Bréfritari: Klemens Björnsson
Viðtakandi: Jón Borgfirðings Jónsson
Dagsetning: A-1848-05-28
Skrifað á: Bjarteyjarsandi  Borg.

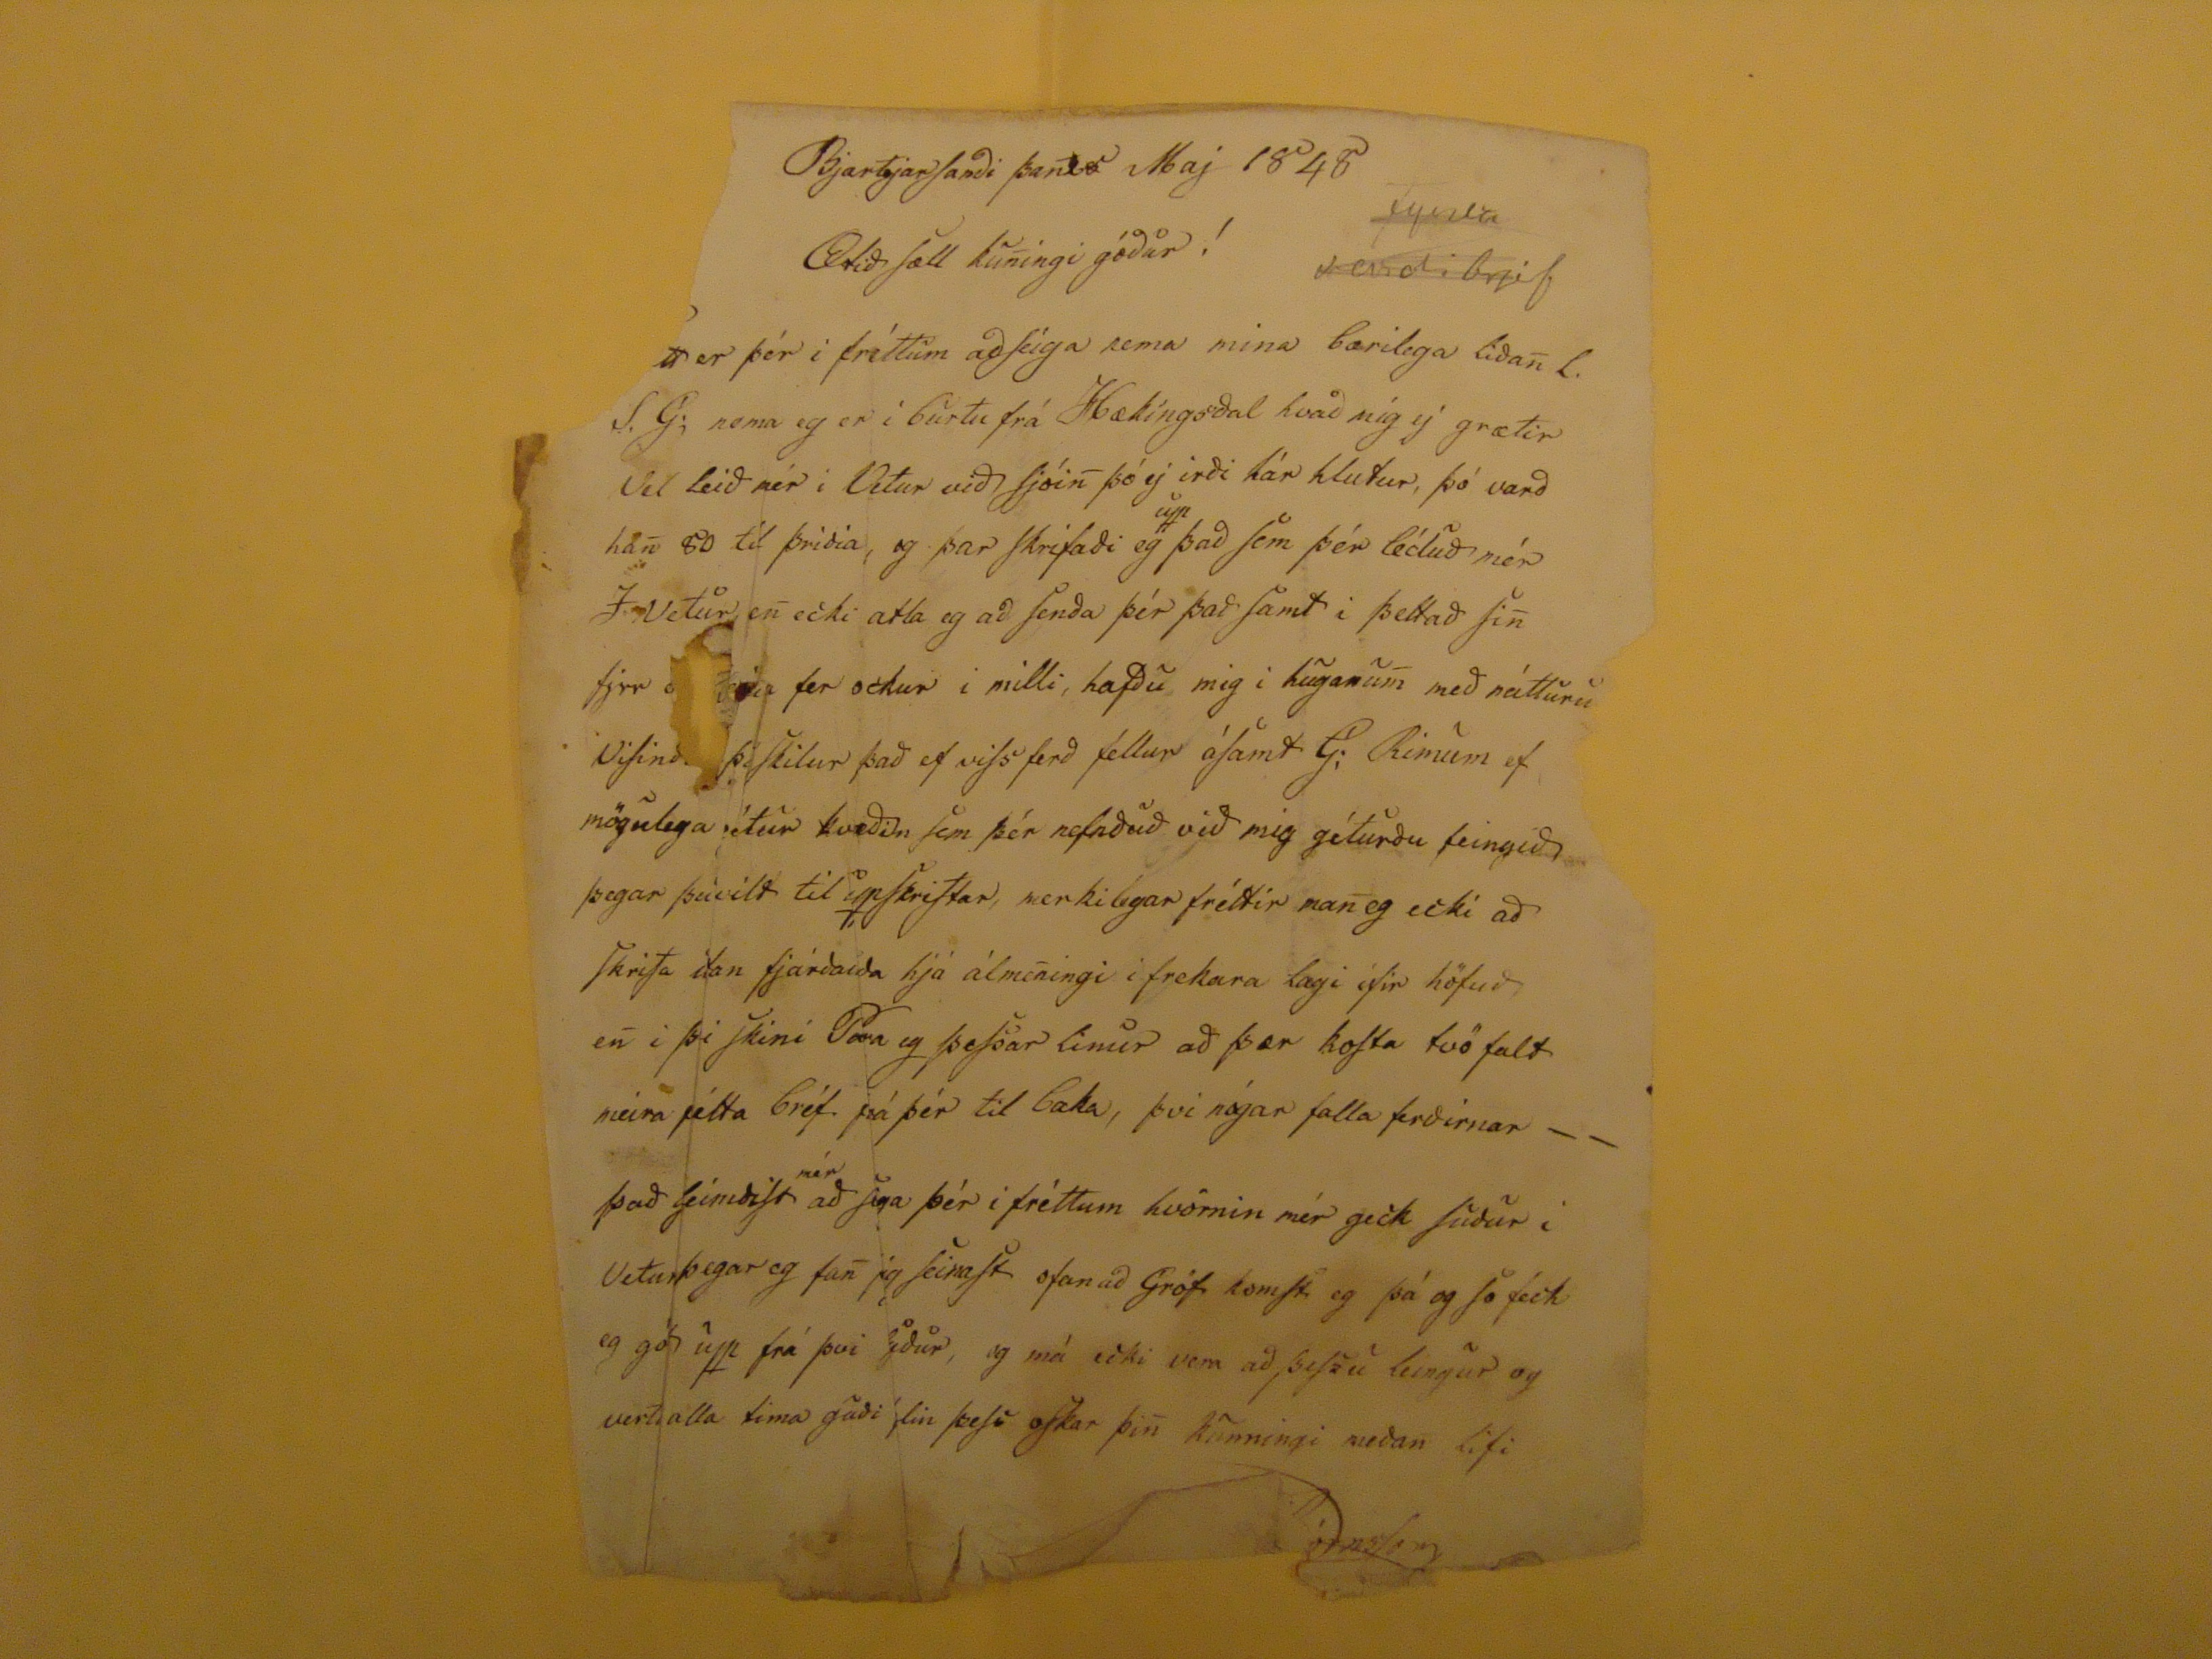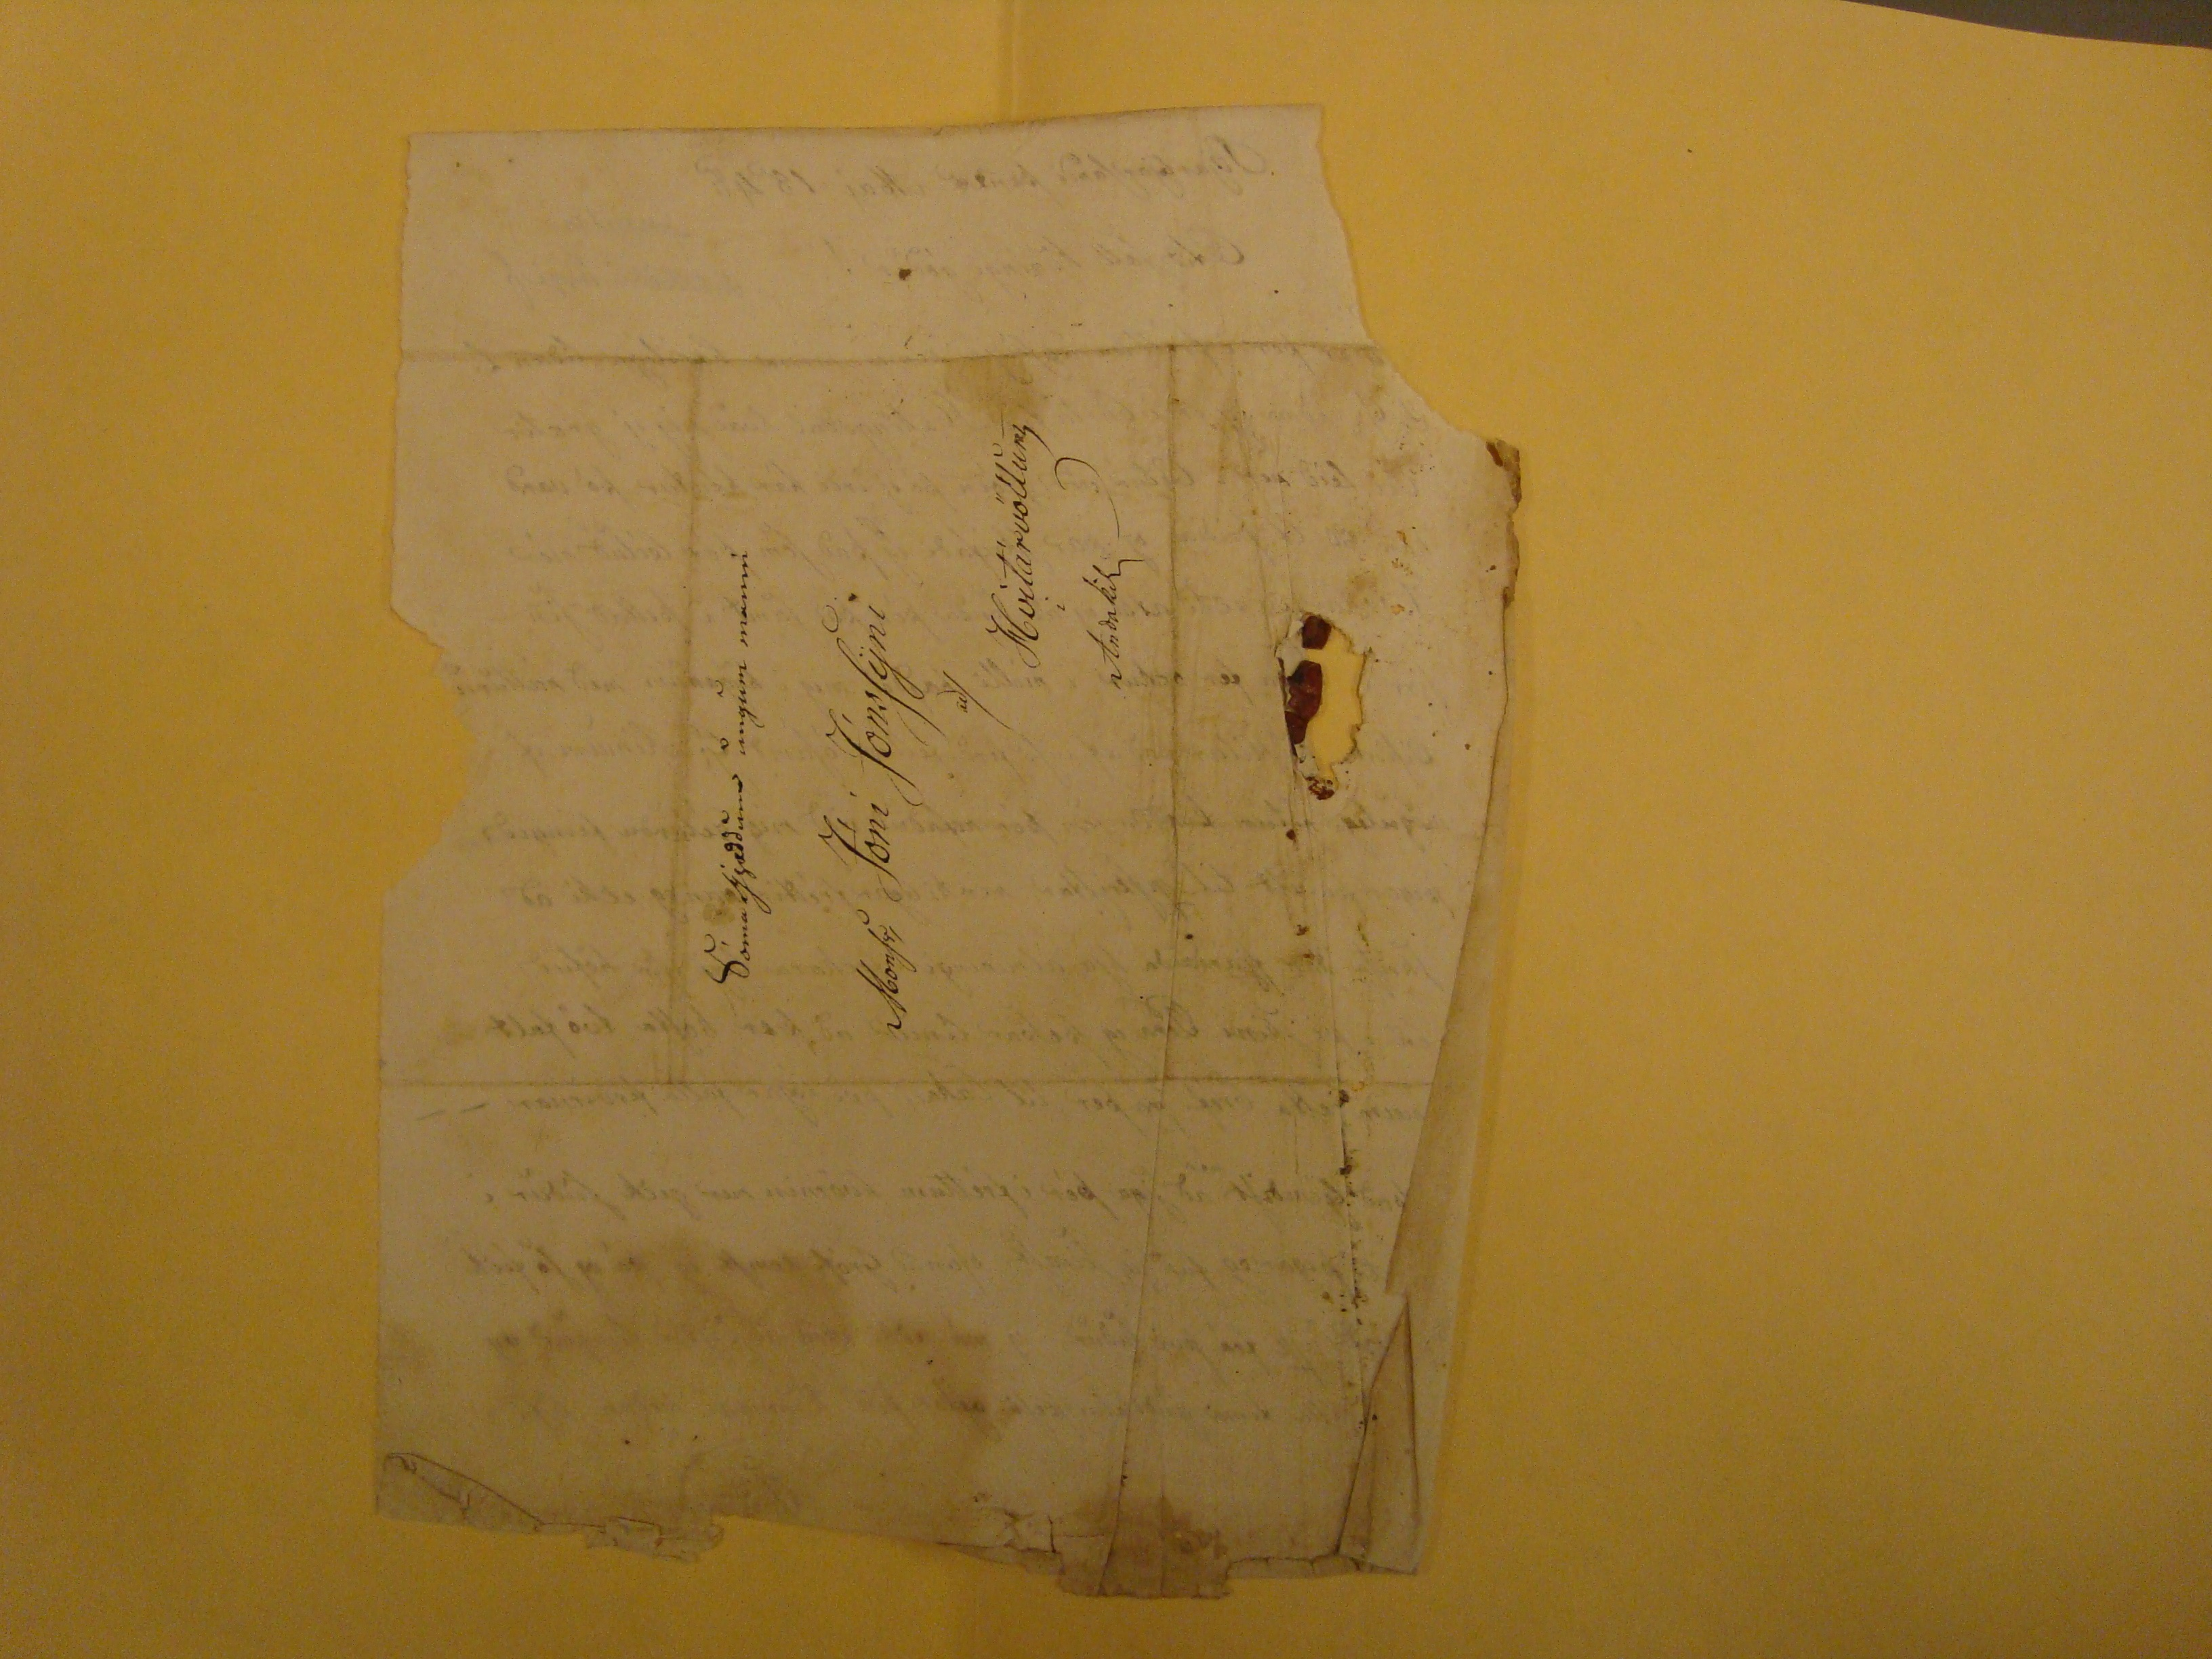

Bjarteyarsanði þan28 Maj 1848
Ætið Sæll kuningi góður !
?tt
er þér i fréttum að Seiga nema mina bærilega liðan L.S.G. nema eg er i burtu frá
Hækingsdal
hvað mig ý grætir Vel leið mér i Vetur við Sjóin þó ej irði hár hlutur, þó varð han 80 til þriðia, og þar skrifaði eg
upp
það sem þér léduð mér I Vetur en ecki atla eg að senða þér það samt i þettað sin fyrr
???
fer ockur i milli, hafðu mig i huganum með náttúru
?
Visin
ð??
skilur það ef viss ferð fellur ásamt G; hinum ef mögulega
gétur
kveðin sem þér nefnðuð við mig géturðu feingið þegar þú vilt til upskriftar, merkilegar fréttir man eg ecki að skrifa
utan fjárðalða
hjá álmeningi i frekara lægi ifir höfuð en i því skini
Para
eg þessar linur að þær kosta tvö falt meira þetta bréf
frá
þér til baka, þvi nógar falla ferðirnar það
?eimðist
mér
að
seiga
þér i fréttum hvörnin mér geck suður i Vetur þegar eg fan jeg seinast ofan við Gróf komst eg þá og so feck eg
go??
upp frá þvi
yður
, og má ecki vera að þessu leingur og vertu alla tima goði
?lin
þess oskar þin kunningi meðan lifi
???Björnsson
Sóma Gjæððum ungum manni
Monsr,
Jóni Jónssyni
að/
Hvítárvöllum
Anðakil